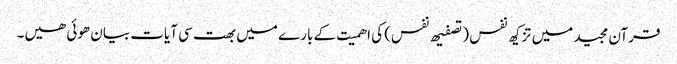
قرآن مجید میں تزکیھ نفس (تصفیھ نفس) کی اھمیت کے بارے میں بھت سی آیات بیان ھوئی ھیں۔